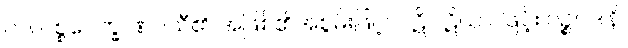
လ။ ပစ္စဝေက္ခ ဏဝသီ၏ အဖြစ်၏အစွမ်းဖြင့်။ ပဋိပါဋိယာ၊ ဖြင့်။ ပဉ္စပဒါနိ၊